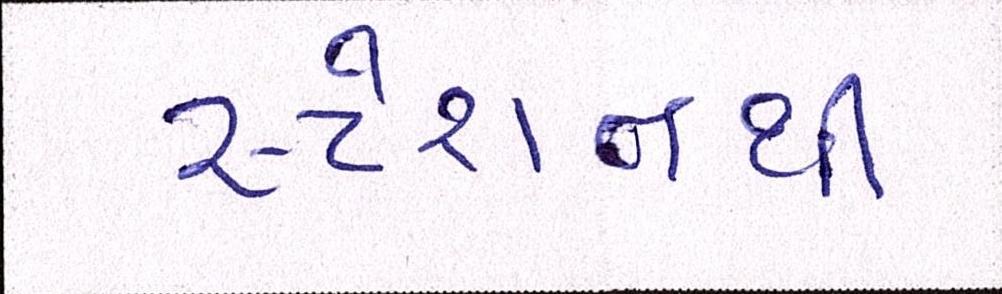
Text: સ્ટેશનથી